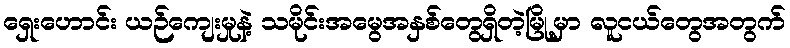
ရှေးဟောင်း ယဉ်ကျေးမှုနဲ့ သမိုင်းအမွေအနှစ်တွေရှိတဲ့မြို့မှာ လူငယ်တွေအတွက်